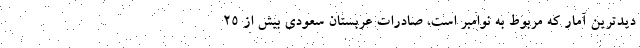
دیدترین آمار که مربوط به نوامبر است، صادرات عربستان سعودی بیش از ۲۵